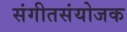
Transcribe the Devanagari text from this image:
संगीतसंयोजक